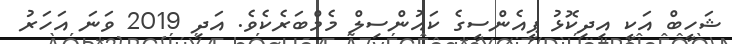
ޝަހީބް އަކީ އިދިކޮޅު ޕީއެންސީގެ ކައުންސިލް މެމްބަރެކެވެ. އަދި 2019 ވަނަ އަހަރު